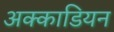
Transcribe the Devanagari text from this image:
अक्काडियन